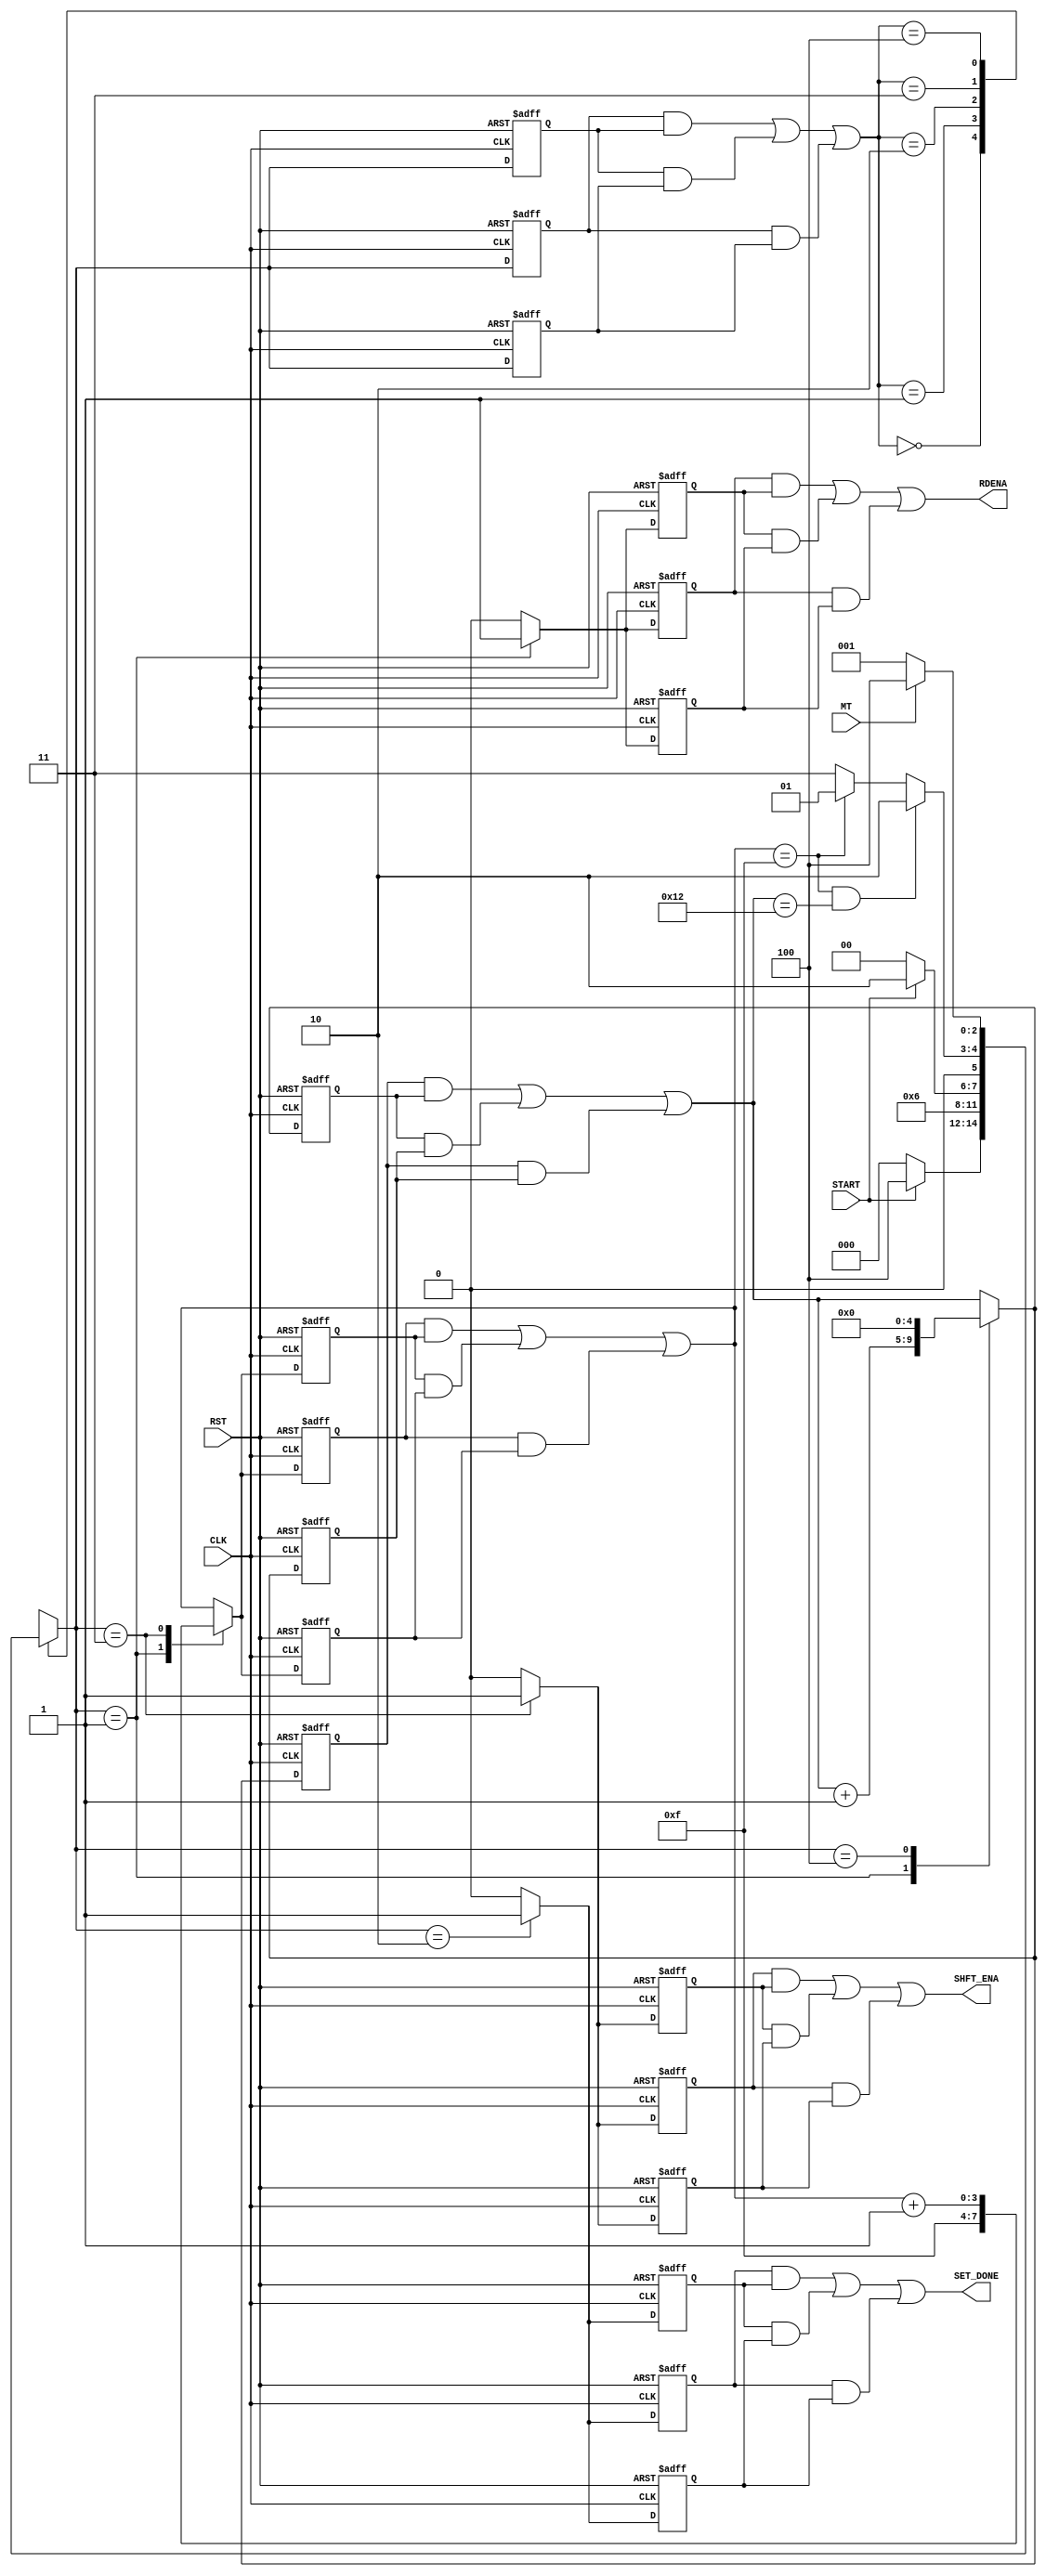

// Created by fizzim_tmr.pl version $Revision: 4.44 on 2014:12:12 at 12:15:31 (www.fizzim.com)

module bky_load_FSM_TMR (
  output RDENA,
  output SET_DONE,
  output SHFT_ENA,
  input CLK,
  input MT,
  input RST,
  input START 
);

  // state bits
  parameter 
  Idle      = 3'b000, 
  Read      = 3'b001, 
  Set_Done  = 3'b010, 
  Shift     = 3'b011, 
  Wait4Data = 3'b100; 

  (* syn_preserve = "true" *) reg [2:0] state_1;
  (* syn_preserve = "true" *) reg [2:0] state_2;
  (* syn_preserve = "true" *) reg [2:0] state_3;

  (* syn_keep = "true" *) wire [2:0] voted_state_1;
  (* syn_keep = "true" *) wire [2:0] voted_state_2;
  (* syn_keep = "true" *) wire [2:0] voted_state_3;

  assign voted_state_1    = (state_1    & state_2   ) | (state_2    & state_3   ) | (state_1    & state_3   ); // Majority logic
  assign voted_state_2    = (state_1    & state_2   ) | (state_2    & state_3   ) | (state_1    & state_3   ); // Majority logic
  assign voted_state_3    = (state_1    & state_2   ) | (state_2    & state_3   ) | (state_1    & state_3   ); // Majority logic


  (* syn_keep = "true" *) reg [2:0] nextstate_1;
  (* syn_keep = "true" *) reg [2:0] nextstate_2;
  (* syn_keep = "true" *) reg [2:0] nextstate_3;


  (* syn_preserve = "true" *)  reg RDENA_1;
  (* syn_preserve = "true" *)  reg RDENA_2;
  (* syn_preserve = "true" *)  reg RDENA_3;
  (* syn_preserve = "true" *)  reg SET_DONE_1;
  (* syn_preserve = "true" *)  reg SET_DONE_2;
  (* syn_preserve = "true" *)  reg SET_DONE_3;
  (* syn_preserve = "true" *)  reg SHFT_ENA_1;
  (* syn_preserve = "true" *)  reg SHFT_ENA_2;
  (* syn_preserve = "true" *)  reg SHFT_ENA_3;
  (* syn_preserve = "true" *)  reg [4:0] loop_1;
  (* syn_preserve = "true" *)  reg [4:0] loop_2;
  (* syn_preserve = "true" *)  reg [4:0] loop_3;
  (* syn_keep = "true" *)      wire [4:0] voted_loop_1;
  (* syn_keep = "true" *)      wire [4:0] voted_loop_2;
  (* syn_keep = "true" *)      wire [4:0] voted_loop_3;
  (* syn_preserve = "true" *)  reg [3:0] scnt_1;
  (* syn_preserve = "true" *)  reg [3:0] scnt_2;
  (* syn_preserve = "true" *)  reg [3:0] scnt_3;
  (* syn_keep = "true" *)      wire [3:0] voted_scnt_1;
  (* syn_keep = "true" *)      wire [3:0] voted_scnt_2;
  (* syn_keep = "true" *)      wire [3:0] voted_scnt_3;

  // Assignment of outputs and flags to voted majority logic of replicated registers
  assign RDENA    = (RDENA_1    & RDENA_2   ) | (RDENA_2    & RDENA_3   ) | (RDENA_1    & RDENA_3   ); // Majority logic
  assign SET_DONE = (SET_DONE_1 & SET_DONE_2) | (SET_DONE_2 & SET_DONE_3) | (SET_DONE_1 & SET_DONE_3); // Majority logic
  assign SHFT_ENA = (SHFT_ENA_1 & SHFT_ENA_2) | (SHFT_ENA_2 & SHFT_ENA_3) | (SHFT_ENA_1 & SHFT_ENA_3); // Majority logic
  assign voted_loop_1     = (loop_1     & loop_2    ) | (loop_2     & loop_3    ) | (loop_1     & loop_3    ); // Majority logic
  assign voted_loop_2     = (loop_1     & loop_2    ) | (loop_2     & loop_3    ) | (loop_1     & loop_3    ); // Majority logic
  assign voted_loop_3     = (loop_1     & loop_2    ) | (loop_2     & loop_3    ) | (loop_1     & loop_3    ); // Majority logic
  assign voted_scnt_1     = (scnt_1     & scnt_2    ) | (scnt_2     & scnt_3    ) | (scnt_1     & scnt_3    ); // Majority logic
  assign voted_scnt_2     = (scnt_1     & scnt_2    ) | (scnt_2     & scnt_3    ) | (scnt_1     & scnt_3    ); // Majority logic
  assign voted_scnt_3     = (scnt_1     & scnt_2    ) | (scnt_2     & scnt_3    ) | (scnt_1     & scnt_3    ); // Majority logic

  // Assignment of error detection logic to replicated signals

  // comb always block
  always @* begin
    nextstate_1 = 3'bxxx; // default to x because default_state_is_x is set
    nextstate_2 = 3'bxxx; // default to x because default_state_is_x is set
    nextstate_3 = 3'bxxx; // default to x because default_state_is_x is set
    case (voted_state_1)
      Idle     : if      (START)                                              nextstate_1 = Wait4Data;
                 else                                                         nextstate_1 = Idle;
      Read     :                                                              nextstate_1 = Shift;
      Set_Done : if      (!START)                                             nextstate_1 = Idle;
                 else                                                         nextstate_1 = Set_Done;
      Shift    : if      ((voted_scnt_1 == 4'hF) && (voted_loop_1 == 5'd18))  nextstate_1 = Set_Done;
                 else if (voted_scnt_1 == 4'hF)                               nextstate_1 = Read;
                 else                                                         nextstate_1 = Shift;
      Wait4Data: if      (!MT)                                                nextstate_1 = Read;
                 else                                                         nextstate_1 = Wait4Data;
    endcase
    case (voted_state_2)
      Idle     : if      (START)                                              nextstate_2 = Wait4Data;
                 else                                                         nextstate_2 = Idle;
      Read     :                                                              nextstate_2 = Shift;
      Set_Done : if      (!START)                                             nextstate_2 = Idle;
                 else                                                         nextstate_2 = Set_Done;
      Shift    : if      ((voted_scnt_2 == 4'hF) && (voted_loop_2 == 5'd18))  nextstate_2 = Set_Done;
                 else if (voted_scnt_2 == 4'hF)                               nextstate_2 = Read;
                 else                                                         nextstate_2 = Shift;
      Wait4Data: if      (!MT)                                                nextstate_2 = Read;
                 else                                                         nextstate_2 = Wait4Data;
    endcase
    case (voted_state_3)
      Idle     : if      (START)                                              nextstate_3 = Wait4Data;
                 else                                                         nextstate_3 = Idle;
      Read     :                                                              nextstate_3 = Shift;
      Set_Done : if      (!START)                                             nextstate_3 = Idle;
                 else                                                         nextstate_3 = Set_Done;
      Shift    : if      ((voted_scnt_3 == 4'hF) && (voted_loop_3 == 5'd18))  nextstate_3 = Set_Done;
                 else if (voted_scnt_3 == 4'hF)                               nextstate_3 = Read;
                 else                                                         nextstate_3 = Shift;
      Wait4Data: if      (!MT)                                                nextstate_3 = Read;
                 else                                                         nextstate_3 = Wait4Data;
    endcase
  end

  // Assign reg'd outputs to state bits

  // sequential always block
  always @(negedge CLK or posedge RST) begin
    if (RST) begin
      state_1 <= Idle;
      state_2 <= Idle;
      state_3 <= Idle;
    end
    else begin
      state_1 <= nextstate_1;
      state_2 <= nextstate_2;
      state_3 <= nextstate_3;
    end
  end

  // datapath sequential always block
  always @(negedge CLK or posedge RST) begin
    if (RST) begin
      RDENA_1 <= 0;
      RDENA_2 <= 0;
      RDENA_3 <= 0;
      SET_DONE_1 <= 0;
      SET_DONE_2 <= 0;
      SET_DONE_3 <= 0;
      SHFT_ENA_1 <= 0;
      SHFT_ENA_2 <= 0;
      SHFT_ENA_3 <= 0;
      loop_1 <= 5'h00;
      loop_2 <= 5'h00;
      loop_3 <= 5'h00;
      scnt_1 <= 4'h0;
      scnt_2 <= 4'h0;
      scnt_3 <= 4'h0;
    end
    else begin
      RDENA_1 <= 0; // default
      RDENA_2 <= 0; // default
      RDENA_3 <= 0; // default
      SET_DONE_1 <= 0; // default
      SET_DONE_2 <= 0; // default
      SET_DONE_3 <= 0; // default
      SHFT_ENA_1 <= 0; // default
      SHFT_ENA_2 <= 0; // default
      SHFT_ENA_3 <= 0; // default
      loop_1 <= voted_loop_1; // default
      loop_2 <= voted_loop_2; // default
      loop_3 <= voted_loop_3; // default
      scnt_1 <= voted_scnt_1; // default
      scnt_2 <= voted_scnt_2; // default
      scnt_3 <= voted_scnt_3; // default
      case (nextstate_1)
        Read     : begin
                          RDENA_1 <= 1;
                          loop_1 <= voted_loop_1 + 1;
                          scnt_1 <= 4'hF;
        end
        Set_Done :        SET_DONE_1 <= 1;
        Shift    : begin
                          SHFT_ENA_1 <= 1;
                          scnt_1 <= voted_scnt_1 + 1;
        end
        Wait4Data:        loop_1 <= 5'h00;
      endcase
      case (nextstate_2)
        Read     : begin
                          RDENA_2 <= 1;
                          loop_2 <= voted_loop_2 + 1;
                          scnt_2 <= 4'hF;
        end
        Set_Done :        SET_DONE_2 <= 1;
        Shift    : begin
                          SHFT_ENA_2 <= 1;
                          scnt_2 <= voted_scnt_2 + 1;
        end
        Wait4Data:        loop_2 <= 5'h00;
      endcase
      case (nextstate_3)
        Read     : begin
                          RDENA_3 <= 1;
                          loop_3 <= voted_loop_3 + 1;
                          scnt_3 <= 4'hF;
        end
        Set_Done :        SET_DONE_3 <= 1;
        Shift    : begin
                          SHFT_ENA_3 <= 1;
                          scnt_3 <= voted_scnt_3 + 1;
        end
        Wait4Data:        loop_3 <= 5'h00;
      endcase
    end
  end

  // This code allows you to see state names in simulation
  `ifndef SYNTHESIS
  reg [71:0] statename;
  always @* begin
    case (state_1)
      Idle     : statename = "Idle";
      Read     : statename = "Read";
      Set_Done : statename = "Set_Done";
      Shift    : statename = "Shift";
      Wait4Data: statename = "Wait4Data";
      default  : statename = "XXXXXXXXX";
    endcase
  end
  `endif

endmodule